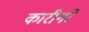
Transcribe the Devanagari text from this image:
कारीगरें